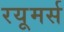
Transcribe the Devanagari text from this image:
रयूमर्स